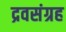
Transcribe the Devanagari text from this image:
द्रवसंग्रह